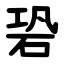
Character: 䂬